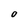
Character: O